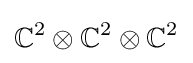
\mathbb {C} ^{2}\otimes \mathbb {C} ^{2}\otimes \mathbb {C} ^{2}